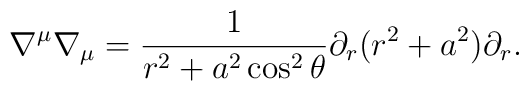
\nabla ^\mu \nabla _\mu =\frac1{r^2 + a^2 \cos ^2 \theta} \partial _r (r^2 + a^2) \partial _r .